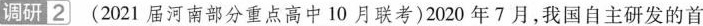
调研2 (2021届河南部分重点高中10月联考)2020年7月，我国自主研发的首